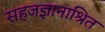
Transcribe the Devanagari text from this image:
सहजज्ञानाश्रित